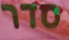
סדר